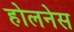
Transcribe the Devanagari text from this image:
होलनेस